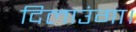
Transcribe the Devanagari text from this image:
दिलाउंगा।